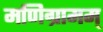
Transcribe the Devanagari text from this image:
मणिग्रामम्